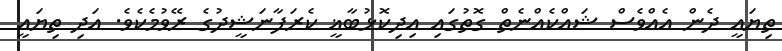
ތިޔައީ ދެން އެއްވެސް ޝައްކެއްނެތް ގޮތުގައި އިދިކޮޅުބާޣީ ކެރަފާނަޝީދުގެ ރޭވުމެކެވެ. އަދި ތިޔައީ